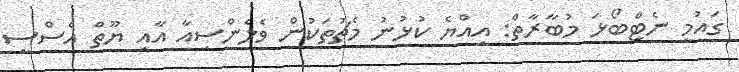
ގައުމީ ނެޓްބޯޅަ މުބާރާތް: އިއްޔެ ކުޅުނު މެޗުތަކުން ވެލެންސިއާ އާއި ޔޫތް އެސްސީ